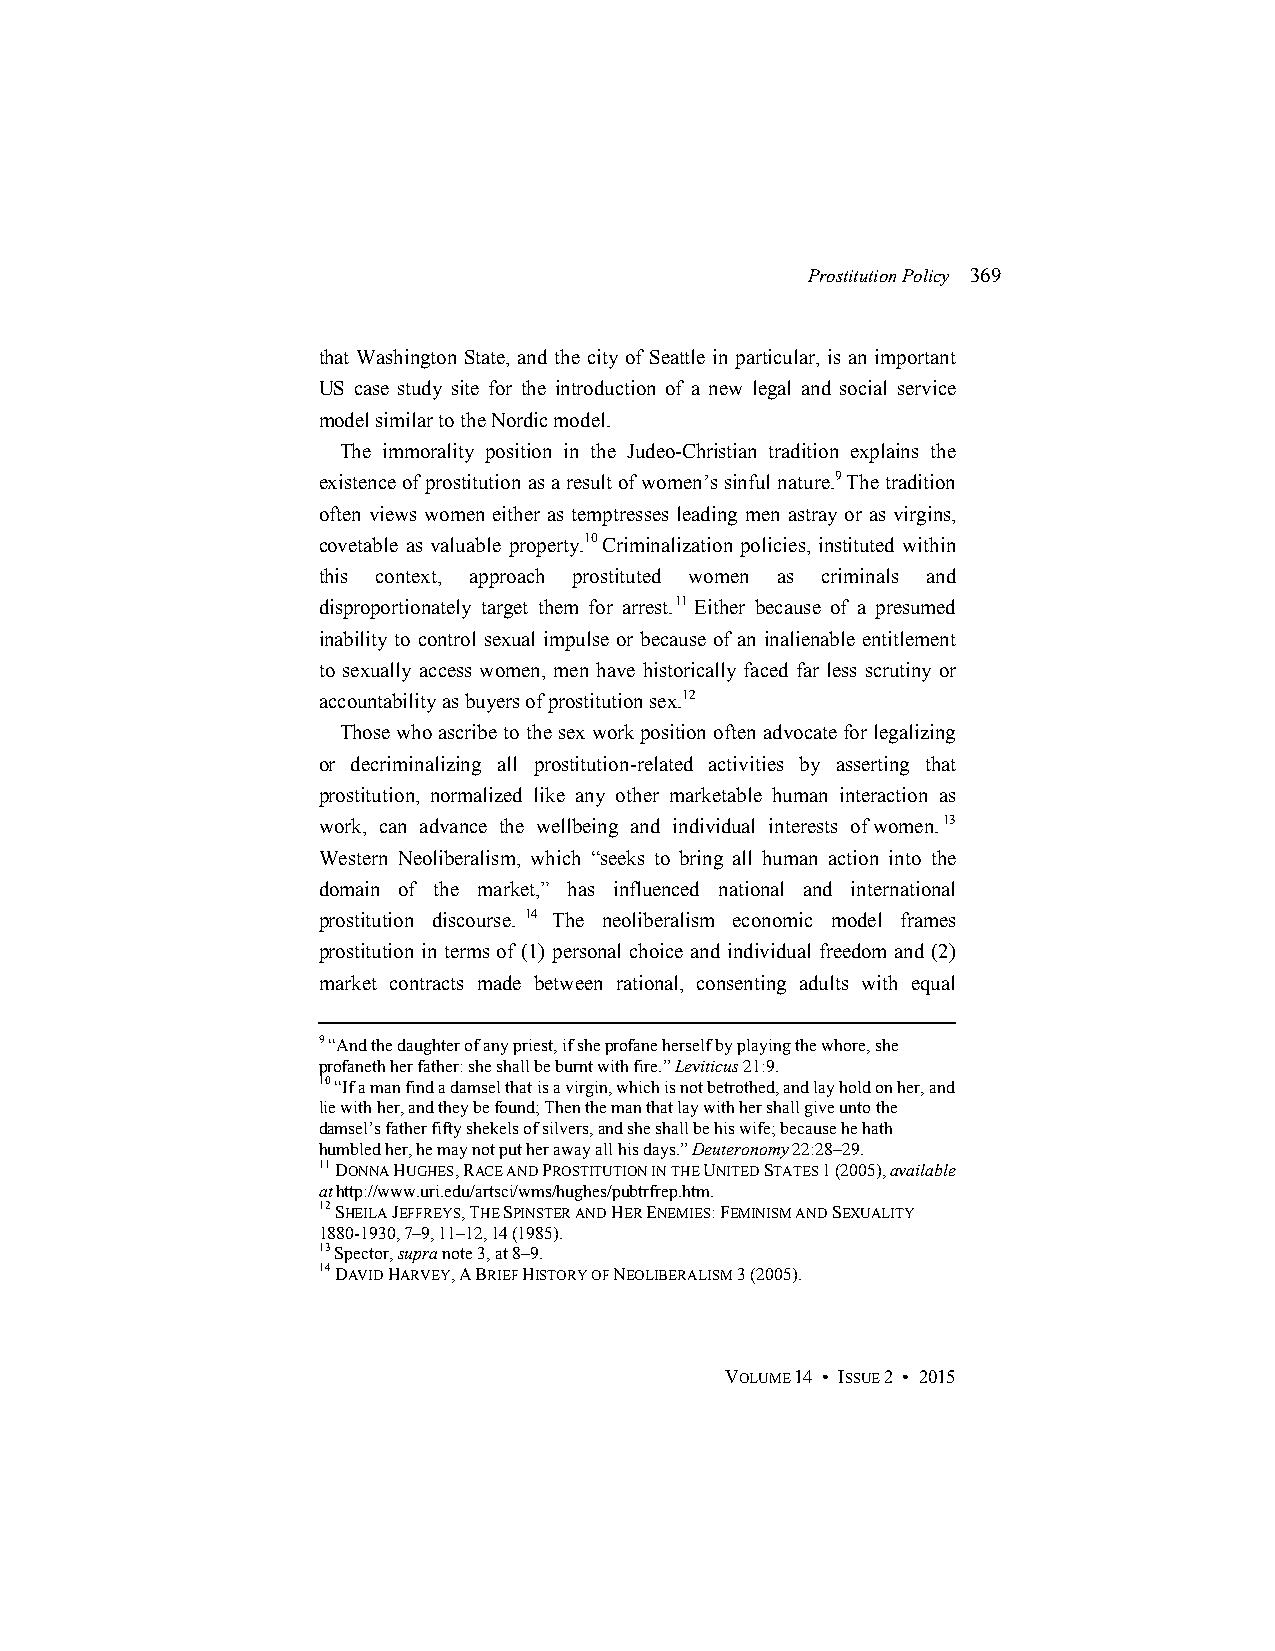
Prostitution Policy 369
 that Washington State, and the city of Seattle in particular, is an important
 US case study site for the introduction of a new legal and social service
 model similar to the Nordic model.
 The immorality position in the Judeo-Christian tradition explains the
 existence of prostitution as a result of women’s sinful nature.9 The tradition
 often views women either as temptresses leading men astray or as virgins,
 covetable as valuable property.10 Criminalization policies, instituted within
 this context, approach prostituted women as criminals and
 disproportionately target them for arrest.11 Either because of a presumed
 inability to control sexual impulse or because of an inalienable entitlement
 to sexually access women, men have historically faced far less scrutiny or
 accountability as buyers of prostitution sex.12
 Those who ascribe to the sex work position often advocate for legalizing
 or decriminalizing all prostitution-related activities by asserting that
 prostitution, normalized like any other marketable human interaction as
 work, can advance the wellbeing and individual interests of women.13
 Western Neoliberalism, which “seeks to bring all human action into the
 domain of the market,” has influenced national and international
 prostitution discourse. 14 The neoliberalism economic model frames
 prostitution in terms of (1) personal choice and individual freedom and (2)
 market contracts made between rational, consenting adults with equal
 9 “And the daughter of any priest, if she profane herself by playing the whore, she
 profaneth her father: she shall be burnt with fire.” Leviticus 21:9.
 10 “If a man find a damsel that is a virgin, which is not betrothed, and lay hold on her, and
 lie with her, and they be found; Then the man that lay with her shall give unto the
 damsel’s father fifty shekels of silvers, and she shall be his wife; because he hath
 humbled her, he may not put her away all his days.” Deuteronomy 22:28–29.
 11 DONNA HUGHES, RACE AND PROSTITUTION IN THE UNITED STATES 1 (2005), available
 at http://www.uri.edu/artsci/wms/hughes/pubtrfrep.htm.
 12 SHEILA JEFFREYS, THE SPINSTER AND HER ENEMIES: FEMINISM AND SEXUALITY
 1880-1930, 7–9, 11–12, 14 (1985).
 13 Spector, supra note 3, at 8–9.
 14 DAVID HARVEY, A BRIEF HISTORY OF NEOLIBERALISM 3 (2005).
 VOLUME 14 • ISSUE 2 • 2015